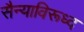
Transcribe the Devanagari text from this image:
सैन्याविरूध्द